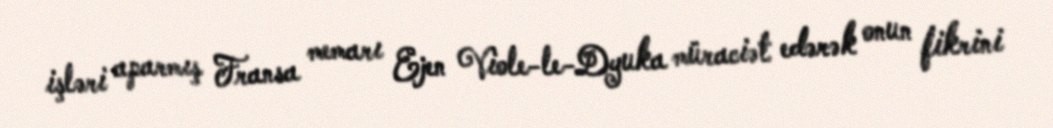
işləri aparmış Fransa memarı Ejen Viole-le-Dyuka müraciət edərək onun fikrini